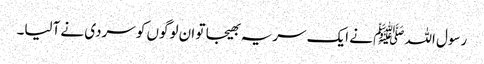
رسول اللہ ﷺ نے ایک سریہ بھیجا تو ان لوگوں کو سردی نے آلیا۔